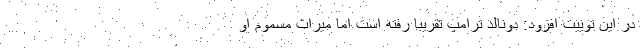
در این توییت افزود: دونالد ترامپ تقریبا رفته است اما میراث مسموم او